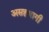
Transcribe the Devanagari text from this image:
असहभागी